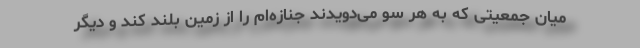
میان جمعیتی که به هر سو می‌دویدند جنازه‌ام را از زمین بلند کند و دیگر